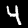
Digit: 4